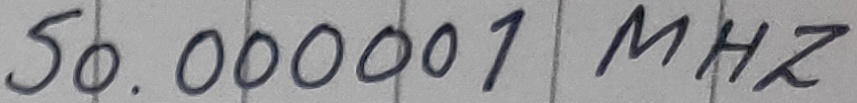
Text: 50.00001 MHZ